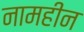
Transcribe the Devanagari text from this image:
नामहीन